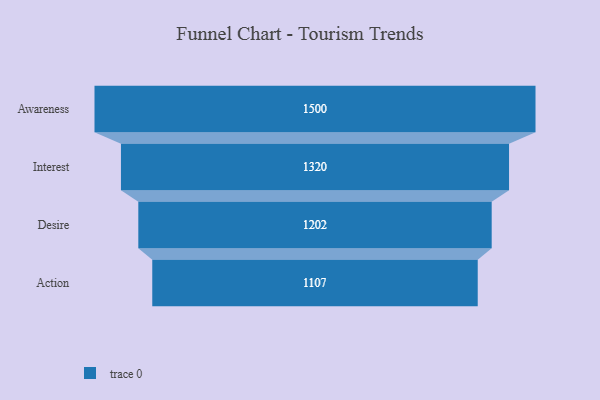
{"axis": {"x": "Stage", "y": "Value"}, "legend": [""], "data": [{"x": "Awareness", "y": 1500.0, "type": ""}, {"x": "Interest", "y": 1320.0, "type": ""}, {"x": "Desire", "y": 1202.0, "type": ""}, {"x": "Action", "y": 1107.0, "type": ""}]}